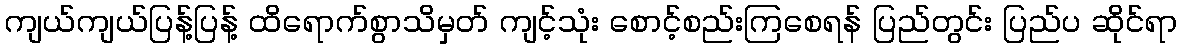
ကျယ်ကျယ်ပြန့်ပြန့် ထိရောက်စွာသိမှတ် ကျင့်သုံး စောင့်စည်းကြစေရန် ပြည်တွင်း ပြည်ပ ဆိုင်ရာ